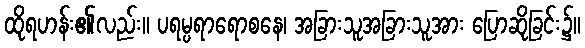
ထိုရဟန်း၏လည်း။ ပရမ္ပရာရောစနေ၊ အခြားသူအခြားသူအား ပြောဆိုခြင်း၌။